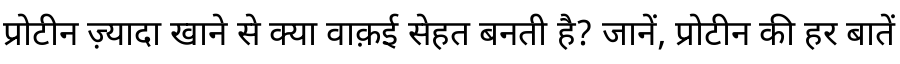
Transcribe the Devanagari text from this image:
प्रोटीन ज़्यादा खाने से क्या वाक़ई सेहत बनती है? जानें, प्रोटीन की हर बातें